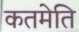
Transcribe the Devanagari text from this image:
कतमेति